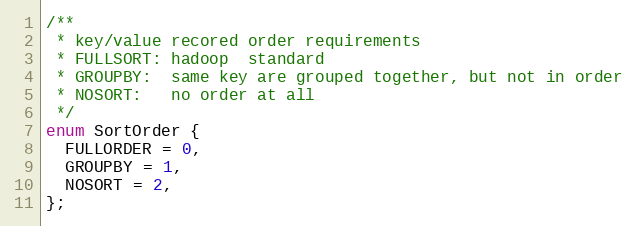
Language: C
/**
 * key/value recored order requirements
 * FULLSORT: hadoop  standard
 * GROUPBY:  same key are grouped together, but not in order
 * NOSORT:   no order at all
 */
enum SortOrder {
  FULLORDER = 0,
  GROUPBY = 1,
  NOSORT = 2,
};